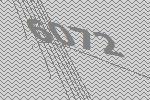
6072